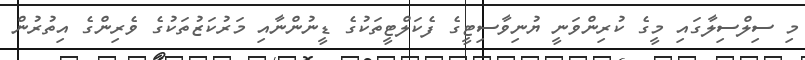
މި ސިލްސިލާގައި މީގެ ކުރިންވަނީ ޔުނިވާސިޓީގެ ފެކަލްޓީތަކުގެ ޑީނުންނާއި މަރުކަޒުތަކުގެ ވެރިންގެ އިތުރުން